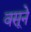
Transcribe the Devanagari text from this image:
वसूने